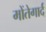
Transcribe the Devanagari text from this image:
मोंतेगार्द